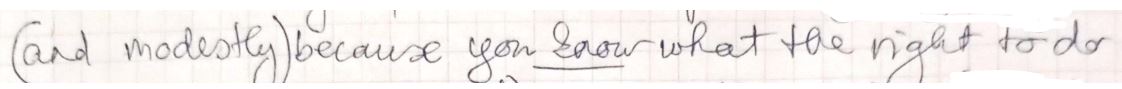
(and modestly ) because you know what the right to do